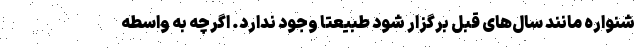
شنواره مانند سال‌های قبل برگزار شود طبیعتا وجود ندارد. اگرچه به واسطه